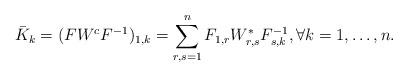
LaTeX: \begin{align*}\bar{K}_k=(FW^cF^{-1})_{1,k}=\sum^n_{r,s=1}F_{1,r}W_{r,s}^*F_{s,k}^{-1},\forall k=1,\dots,n.\end{align*}